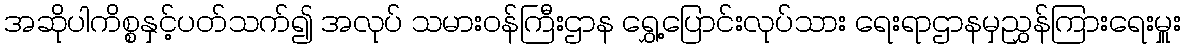
အဆိုပါကိစ္စနှင့်ပတ်သက်၍ အလုပ် သမားဝန်ကြီးဌာန ရွှေ့ပြောင်းလုပ်သား ရေးရာဌာနမှညွှန်ကြားရေးမှူး